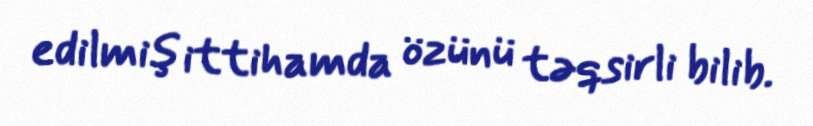
edilmiş ittihamda özünü təqsirli bilib.